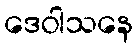
ဒေဝါသနေ